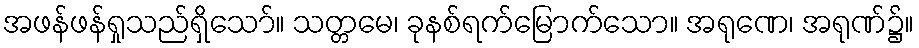
အဖန်ဖန်ရှုသည်ရှိသော်။ သတ္တမေ၊ ခုနစ်ရက်မြောက်သော။ အရုဏေ၊ အရုဏ်၌။